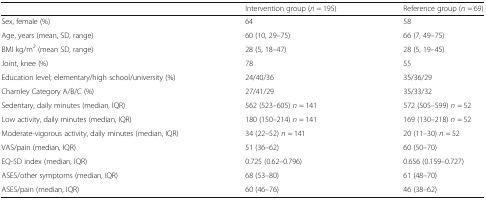
|  | Intervention group (n = 195) | Reference group (n = 69) |
 | --- | --- | --- |
 | Sex, female (%) | 64 | 58 |
 | Age, years (mean, SD, range) | 60 (10, 29–75) | 66 (7, 49–75) |
 | BMI kg/m2 (mean SD, range) | 28 (5, 18–47) | 28 (5, 19–45) |
 | Joint, knee (%) | 78 | 55 |
 | Education level; elementary/high school/university (%) | 24/40/36 | 35/36/29 |
 | Charnley Category A/B/C (%) | 27/41/29 | 35/33/32 |
 | Sedentary, daily minutes (median, IQR) | 562 (523–605) n = 141 | 572 (505–599) n = 52 |
 | Low activity, daily minutes (median, IQR) | 180 (150–214) n = 141 | 169 (130–218) n = 52 |
 | Moderate-vigorous activity, daily minutes (median, IQR) | 34 (22–52) n = 141 | 20 (11–30) n = 52 |
 | VAS/pain (median, IQR) | 51 (36–62) | 60 (50–70) |
 | EQ-5D index (median, IQR) | 0.725 (0.62–0.796) | 0.656 (0.159–0.727) |
 | ASES/other symptoms (median, IQR) | 68 (53–80) | 61 (48–70) |
 | ASES/pain (median, IQR) | 60 (46–76) | 46 (38–62) |